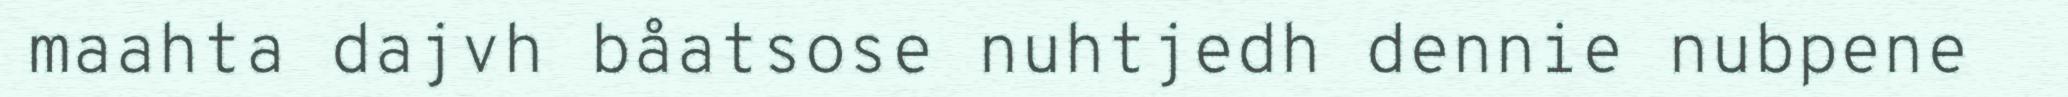
maahta dajvh båatsose nuhtjedh dennie nubpene